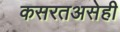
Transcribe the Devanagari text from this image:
कसरतअसेही